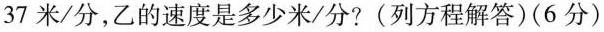
37米/分，乙的速度是多少米/分?(列方程解答)(6分)